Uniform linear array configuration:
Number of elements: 64
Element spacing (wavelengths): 0.25
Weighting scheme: binomial
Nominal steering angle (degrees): -45
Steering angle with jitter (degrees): -45.048
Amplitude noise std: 0.05
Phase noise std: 0.05

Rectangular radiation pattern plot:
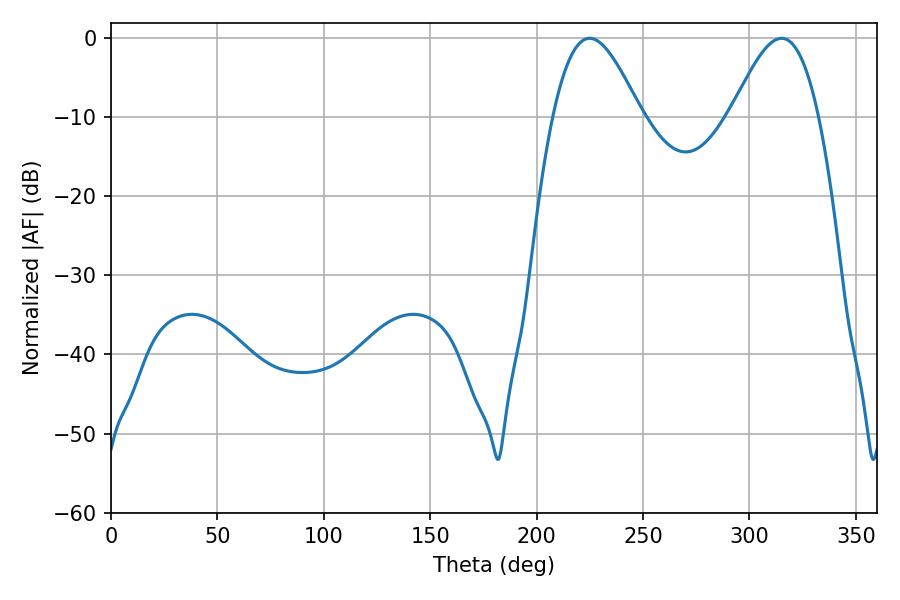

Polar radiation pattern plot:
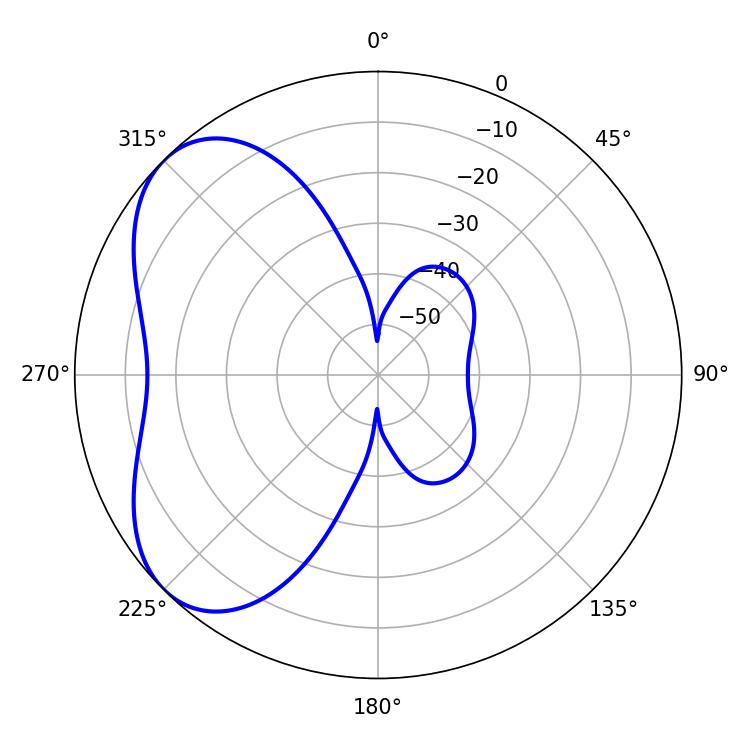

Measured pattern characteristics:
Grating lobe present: FALSE
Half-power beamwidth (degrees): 22.14
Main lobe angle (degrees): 224.82